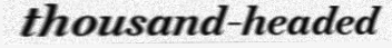
thousand-headed